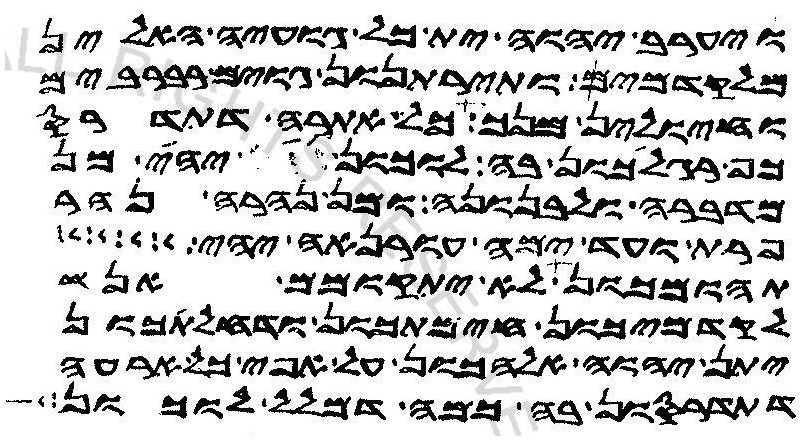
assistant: ויערב יהוה ית כל גועיה האלין
מלקדמיך ותירתנון גוים רברבים
וחיולין מנך כל אתרה דתדרס
כף רגלכון בה לוכון יהי מן
מדברה ולבנונה ומן נהרה נהר
פרת ועד ימה עורנאה יהי
תהומכון לא יתקומם אנש
לקדמיכון חימתכון ודחלתכון
יתן יהוה אלהכון על אפי כל ארעה
דתדרסון בה כמה דמלל לוכון